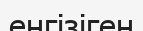
енгізіген